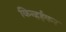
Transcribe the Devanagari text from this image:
किन्हईकर